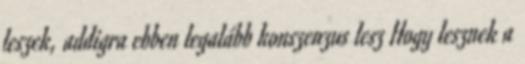
leszek, addigra ebben legalább konszenzus lesz Hogy lesznek a